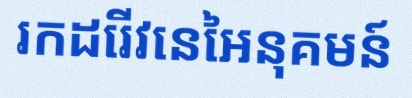
រកដេរីវេនៃអនុគមន៍